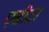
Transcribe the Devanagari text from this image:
एस्रीटा